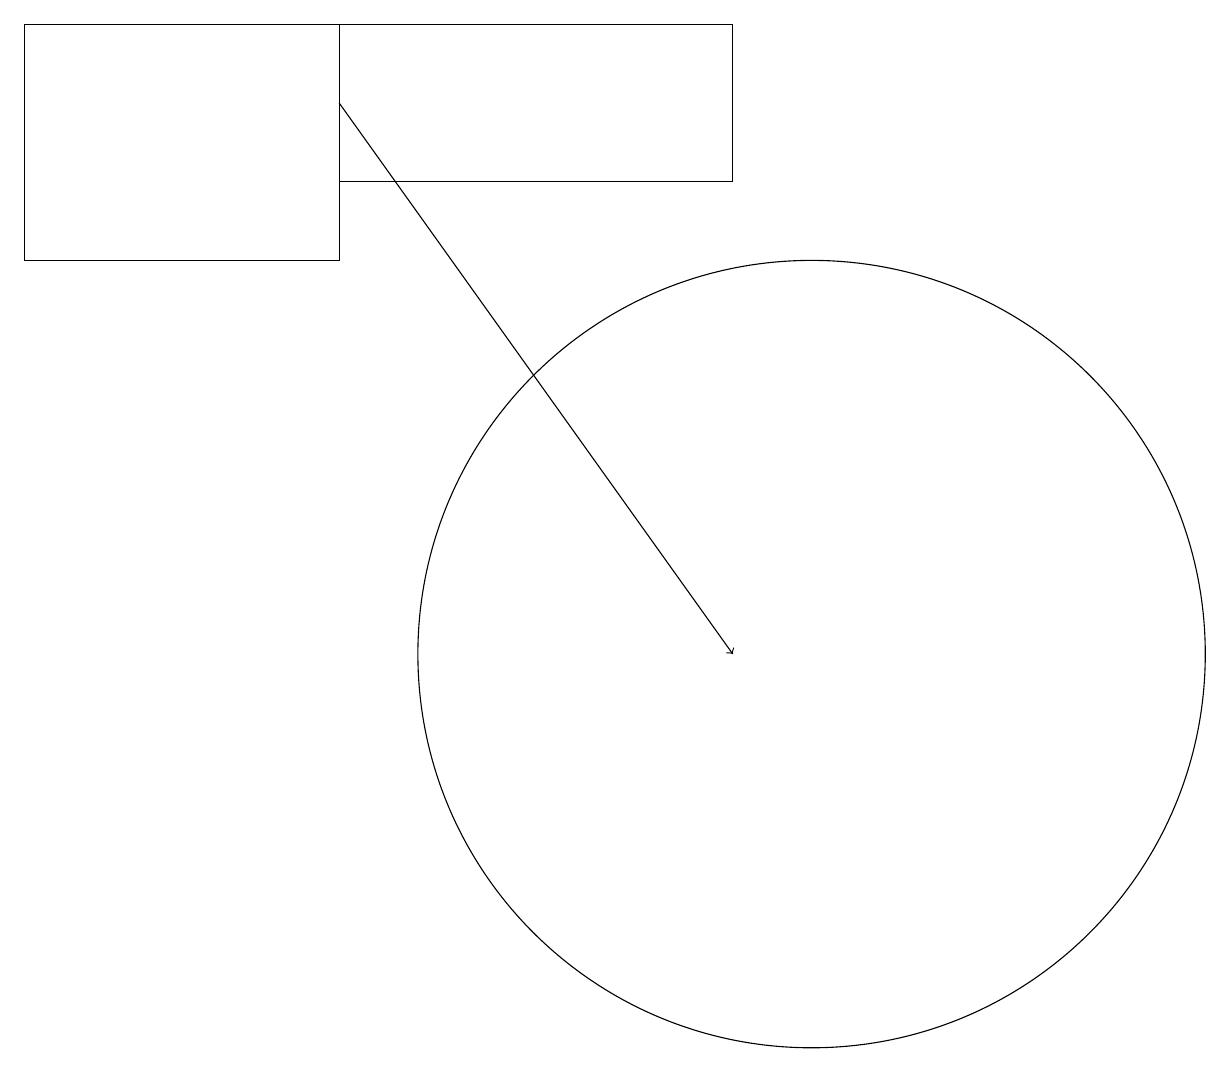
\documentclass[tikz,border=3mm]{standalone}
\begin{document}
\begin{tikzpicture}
\draw[->] (4,17) -- (9,10);
\draw (10,10) circle (5);
\draw (4,16) rectangle (9,18);
\draw (4,18) rectangle (0,15);
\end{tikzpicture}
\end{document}